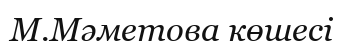
М.Мәметова көшесі